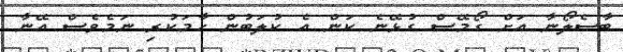
ބާސެލޯނާ އަށް ގޯމޭސް ގުޅޭނެ ކަން އެ ކުލަބުން ހާމަކުރި ނަމެވެސް އޭނާ